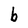
Character: b